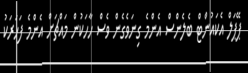
ޕޭޕަލް އެކައުންޓް ބެލެންސް އެންމެ ގިނަވެގެން ވެސް ހާހަކުން މައްޗަށް އެންމެ ފަހަރަކު